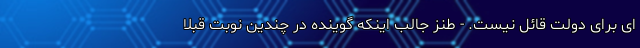
ای برای دولت قائل نیست. - طنز جالب اینکه گوینده در چندین نوبت قبلا